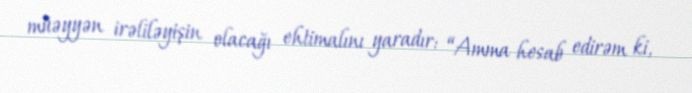
müəyyən irəliləyişin olacağı ehtimalını yaradır: “Amma hesab edirəm ki,